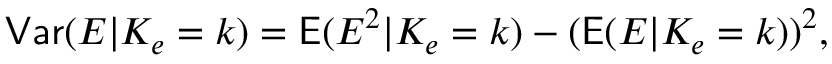
\mathsf { V a r } ( E | K _ { e } = k ) = \mathsf E ( E ^ { 2 } | K _ { e } = k ) - ( \mathsf E ( E | K _ { e } = k ) ) ^ { 2 } ,